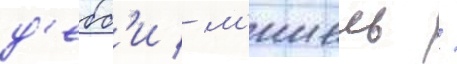
д'ебб'и / м'ишель /